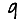
Digit: 9